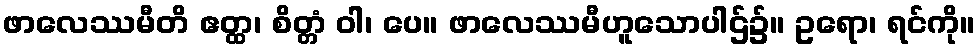
ဖာလေဿမီတိ ဧတ္ထ၊ စိတ္တံ ဝါ၊ ပေ။ ဖာလေဿမီဟူသောပါဌ်၌။ ဥရော၊ ရင်ကို။